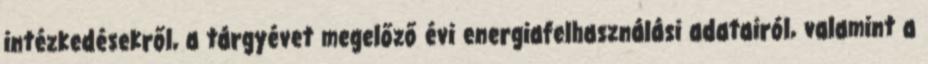
intézkedésekről, a tárgyévet megelőző évi energiafelhasználási adatairól, valamint a